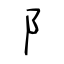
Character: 阝